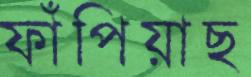
ফাঁপিয়াছ